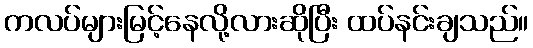
ကလပ်များမြင့်နေလို့လားဆိုပြီး ထပ်နင်းချသည်။